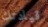
قيادتك